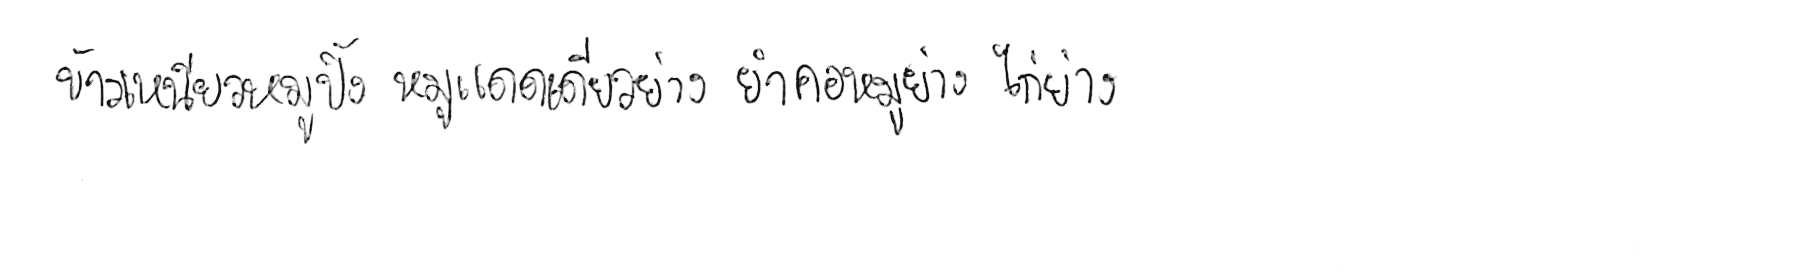
ข้าวเหนียวหมูปิ้ง หมูแดดเดียวย่าง ยำคอหมูย่าง ไก่ย่าง